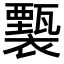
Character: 𧞙